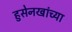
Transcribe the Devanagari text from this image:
हुसेनखांच्या